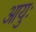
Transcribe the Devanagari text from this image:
आयुः